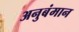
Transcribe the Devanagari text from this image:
अनुबंमान